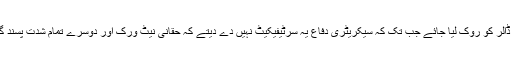
ساتھ ہی کانگریس نے اس بار شرط رکھی ہے کہ اس میں سے اب 35 کروڑ ڈالر کو روک لیا جائے جب تک کہ سیکریٹری دفاع یہ سرٹیفیکیٹ نہیں دے دیتے کہ حقانی نیٹ ورک اور دوسرے تمام شدت پسند گروہوں کے خلاف ویسی کارروائی ہوئی ہے جیسا پاکستان دعویٰ کرتا رہا ہے۔